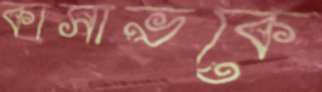
কাসাভকে